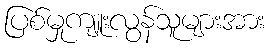
ပြစ်မှုကျူးလွန်သူများအား